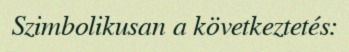
Szimbolikusan a következtetés: